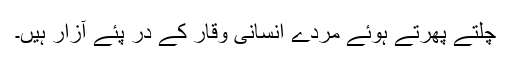
چلتے پھرتے ہوئے مردے انسانی وقار کے در پئے آزار ہیں۔